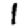
Digit: 1